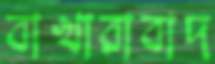
বাখারাবাদ